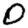
Digit: 0